Indian journal of veterinary science and animal husbandry - Volume 11,
Year: 1941
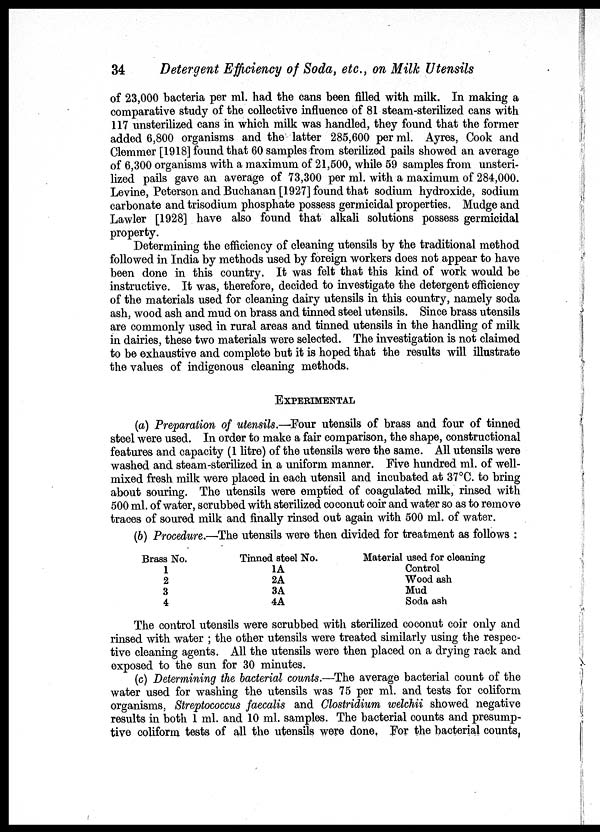
34
Detergent Efficiency of Soda, etc., on Milk Utensils
of 23,000 bacteria per ml. had the cans been filled with milk. In making a
comparative study of the collective influence of 81 steam-sterilized cans with
117 unsterilized cans in which milk was handled, they found that the former
added 6,800 organisms and the latter 285,600 per ml. Ayres, Cook and
Clemmer [1918] found that 60 samples from sterilized pails showed an average
of 6,300 organisms with a maximum of 21,500, while 59 samples from unsteri-
lized pails gave an average of 73,300 per ml. with a maximum of 284,000.
Levine, Peterson and Buchanan [1927] found that sodium hydroxide, sodium
carbonate and trisodium phosphate possess germicidal properties. Mudge and
Lawler [1928] have also found that alkali solutions possess germicidal
property.
Determining the efficiency of cleaning utensils by the traditional method
followed in India by methods used by foreign workers does not appear to have
been done in this country. It was felt that this kind of work would be
instructive. It was, therefore, decided to investigate the detergent efficiency
of the materials used for cleaning dairy utensils in this country, namely soda
ash, wood ash and mud on brass and tinned steel utensils. Since brass utensils
are commonly used in rural areas and tinned utensils in the handling of milk
in dairies, these two materials were selected. The investigation is not claimed
to be exhaustive and complete but it is hoped that the results will illustrate
the values of indigenous cleaning methods.
EXPERIMENTAL
(a) Preparation of utensils.—Four utensils of brass and four of tinned
steel were used. In order to make a fair comparison, the shape, constructional
features and capacity (1 litre) of the utensils were the same. All utensils were
washed and steam-sterilized in a uniform manner. Five hundred ml. of well-
mixed fresh milk were placed in each utensil and incubated at 37°C. to bring
about souring. The utensils were emptied of coagulated milk, rinsed with
500 ml. of water, scrubbed with sterilized coconut coir and water so as to remove
traces of soured milk and finally rinsed out again with 500 ml. of water.
(b) Procedure.—The utensils were then divided for treatment as follows :
Brass No.
1
2
3
4
Tinned steel No.
1A
2A
3A
4A
Material used for cleaning
Control
Wood ash
Mud
Soda ash
The control utensils were scrubbed with sterilized coconut coir only and
rinsed with water ; the other utensils were treated similarly using the respec-
tive cleaning agents. All the utensils were then placed on a drying rack and
exposed to the sun for 30 minutes.
(c) Determining the bacterial counts.—The average bacterial count of the
water used for washing the utensils was 75 per ml. and tests for coliform
organisms, Streptococcus faecalis and Clostridium welchii showed negative
results in both 1 ml. and 10 ml. samples. The bacterial counts and presump-
tive coliform tests of all the utensils were done. For the bacterial counts,